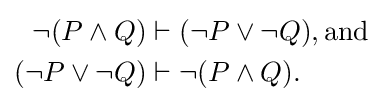
{\begin{aligned}\neg (P\land Q)&\vdash (\neg P\lor \neg Q),{\text{and}}\\(\neg P\lor \neg Q)&\vdash \neg (P\land Q).\end{aligned}}